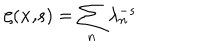
\zeta ( { \bf x , } s ) = \sum _ { n } \lambda _ { n } ^ { - s }